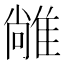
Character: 𨿰